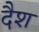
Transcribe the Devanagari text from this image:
दैश